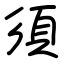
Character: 須